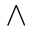
\wedge